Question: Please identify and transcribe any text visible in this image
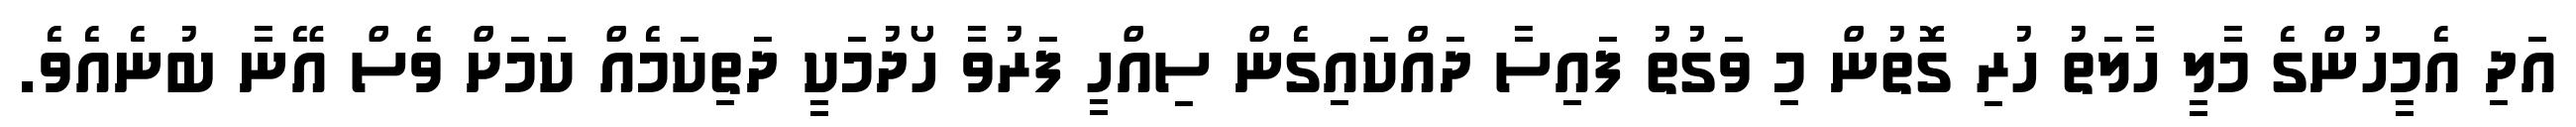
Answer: އަދި އެމީހުންގެ މާލީ ހާލަތު ހުރި ގޮތުން މި ވަގުތު ފައިސާ ދައްކައިގެން ސިއްހީ ފަރުވާ ހޯދުމަކީ ދަތިކަމެއް ކަމަށް ވެސް އޭނާ ބުނެއެވެ.